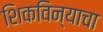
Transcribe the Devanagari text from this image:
शिकविन्याचा